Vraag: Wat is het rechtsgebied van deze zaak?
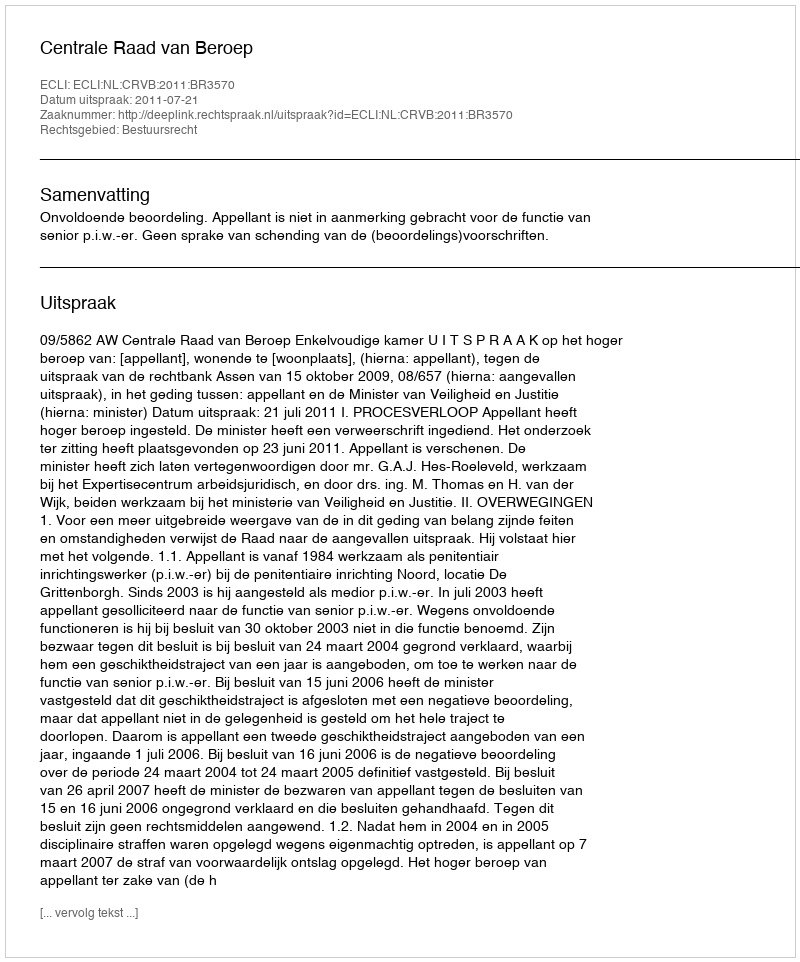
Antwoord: Bestuursrecht